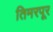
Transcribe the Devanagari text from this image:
तिमरपूर